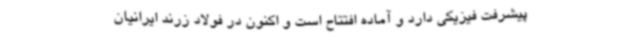
پیشرفت فیزیکی دارد و آماده افتتاح است و اکنون در فولاد زرند ایرانیان